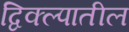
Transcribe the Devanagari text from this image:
द्विक्ल्पातील